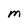
Character: M